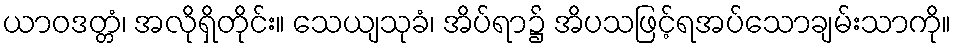
ယာဝဒတ္တံ၊ အလိုရှိတိုင်း။ သေယျသုခံ၊ အိပ်ရာ၌ အိပသဖြင့်ရအပ်သောချမ်းသာကို။